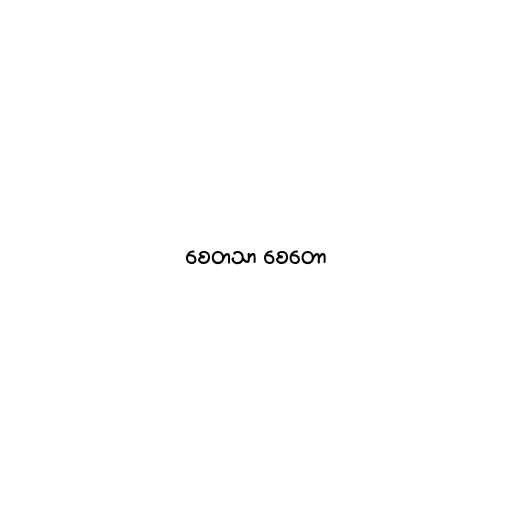
စေတသာ စေတော